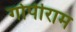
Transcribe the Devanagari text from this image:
गोपीराम